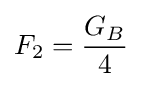
F_{2}={\frac {G_{B}}{4}}